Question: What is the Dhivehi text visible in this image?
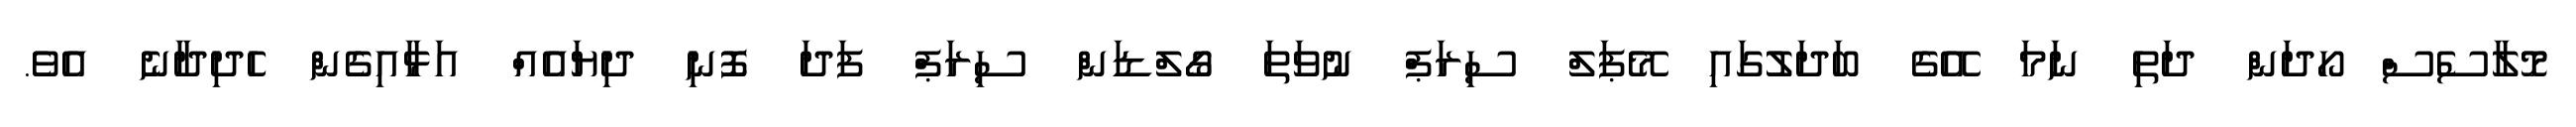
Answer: މޮލާސެސް ހޯދަން ދަތި ނަމަ އޭގެ ބަދަލުގައި މޭޕަލް ސިރަޕް ނުވަތަ ގޯލްޑަން ސިރަޕް ފަދަ ފޮނި ދިޔައެއް އަޅާއިގެން ހެދިދާނެ އެވެ.